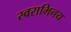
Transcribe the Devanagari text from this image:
स्वराभिनय